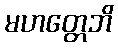
မဟတ္တေဘိ